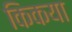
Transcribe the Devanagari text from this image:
किकया